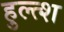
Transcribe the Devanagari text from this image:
हुल्त्श